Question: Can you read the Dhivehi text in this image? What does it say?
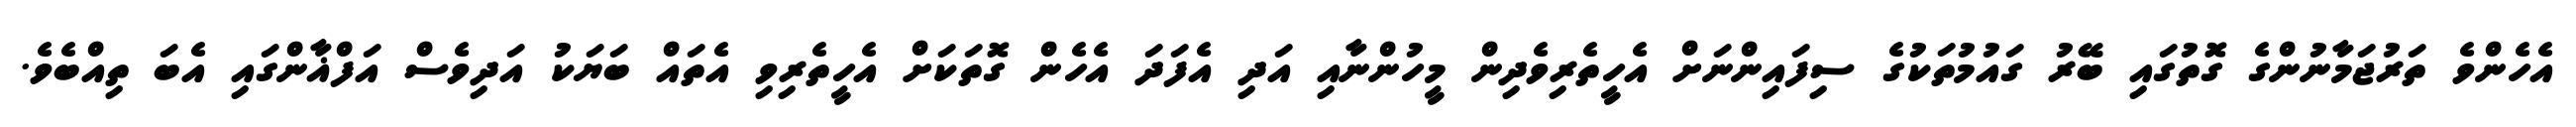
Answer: އެހެންވެ ތަރުޖަމާނުންގެ ގޮތުގައި ބޭރު ގައުމުތަކުގެ ސިފައިންނަށް އެހީތެރިވެދިން މީހުންނާއި އަދި އެފަދަ އެހެން ގޮތަކަށް އެހީތެރިވި އެތައް ބަޔަކު އަދިވެސް އަފްޣާންގައި އެބަ ތިއްބެވެ.